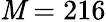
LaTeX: \mathit{M}=216